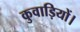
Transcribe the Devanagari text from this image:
कुवाड़ियों।